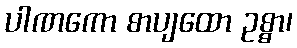
ပါဏကော စာပျထော ဥစ္စာ၊